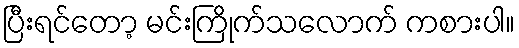
ပြီးရင်တော့ မင်းကြိုက်သလောက် ကစားပါ။